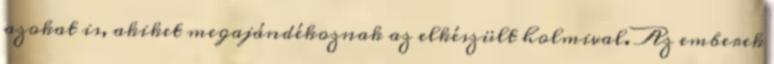
azokat is, akiket megajándékoznak az elkészült holmival. Az emberek